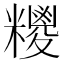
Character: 糭